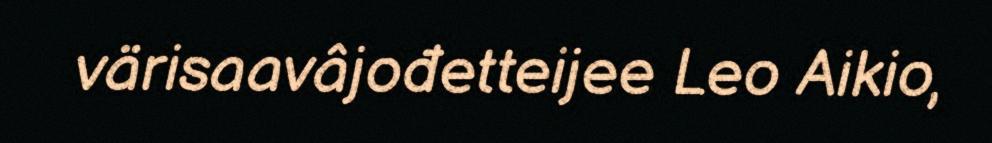
värisaavâjođetteijee Leo Aikio,